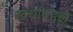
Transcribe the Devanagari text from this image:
खर्चाबद्दल